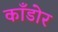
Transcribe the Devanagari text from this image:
काँडोर